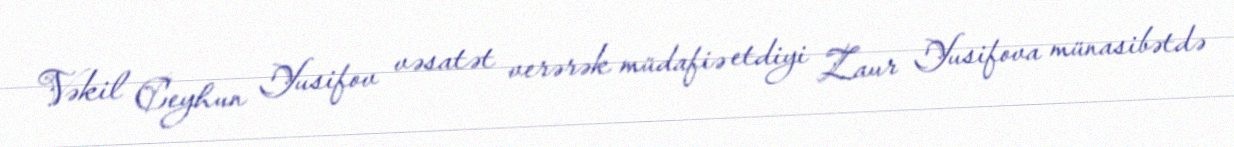
Vəkil Ceyhun Yusifov vəsatət verərək müdafiə etdiyi Zaur Yusifova münasibətdə